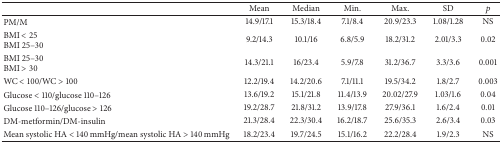
<table><thead><tr><td><b> </b></td><td><b>Mean</b></td><td><b>Median</b></td><td><b>Min.</b></td><td><b>Max.</b></td><td><b>SD</b></td><td><b><i>p</i></b></td></tr></thead><tbody><tr><td>PM/M</td><td>14.9/17.1</td><td>15.3/18.4</td><td>7.1/8.4</td><td>20.9/23.3</td><td>1.08/1.28</td><td>NS</td></tr><tr><td>BMI &lt; 25BMI 25–30</td><td>9.2/14.3</td><td>10.1/16</td><td>6.8/5.9</td><td>18.2/31.2</td><td>2.01/3.3</td><td>0.02</td></tr><tr><td>BMI 25–30BMI &gt; 30</td><td>14.3/21.1</td><td>16/23.4</td><td>5.9/7.8</td><td>31.2/36.7</td><td>3.3/3.6</td><td>0.001</td></tr><tr><td>WC &lt; 100/WC &gt; 100</td><td>12.2/19.4</td><td>14.2/20.6</td><td>7.1/11.1</td><td>19.5/34.2</td><td>1.8/2.7</td><td>0.003</td></tr><tr><td>Glucose &lt; 110/glucose 110–126</td><td>13.6/19.2</td><td>15.1/21.8</td><td>11.4/13.9</td><td>20.02/27.9</td><td>1.03/1.6</td><td>0.04</td></tr><tr><td>Glucose 110–126/glucose &gt; 126</td><td>19.2/28.7</td><td>21.8/31.2</td><td>13.9/17.8</td><td>27.9/36.1</td><td>1.6/2.4</td><td>0.01</td></tr><tr><td>DM-metformin/DM-insulin</td><td>21.3/28.4</td><td>22.3/30.4</td><td>16.2/18.7</td><td>25.6/35.3</td><td>2.6/3.4</td><td>0.03</td></tr><tr><td>Mean systolic HA &lt; 140 mmHg/mean systolic HA &gt; 140 mmHg</td><td>18.2/23.4</td><td>19.7/24.5</td><td>15.1/16.2</td><td>22.2/28.4</td><td>1.9/2.3</td><td>NS</td></tr></tbody></table>